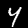
Digit: 4